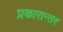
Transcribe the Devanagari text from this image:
प्रकारान्‍तर